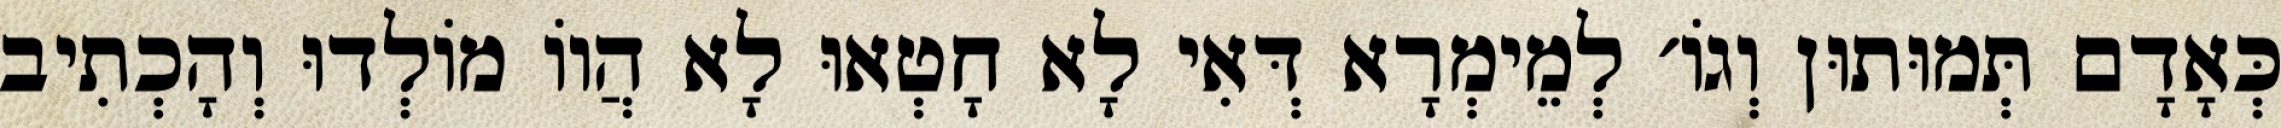
כְּאָדָם תְּמוּתוּן וְגוֹ׳ לְמֵימְרָא דְּאִי לָא חָטְאוּ לָא הֲווֹ מוֹלְדוּ וְהָכְתִיב